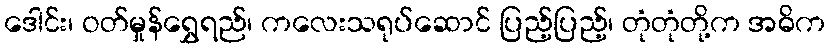
ဒေါင်း၊ ဝတ်မှုန်ရွှေရည်၊ ကလေးသရုပ်ဆောင် ပြည့်ပြည့်၊ တုံတုံတို့က အဓိက